Piroplasma canis and its life cycle in the tick - Number 29
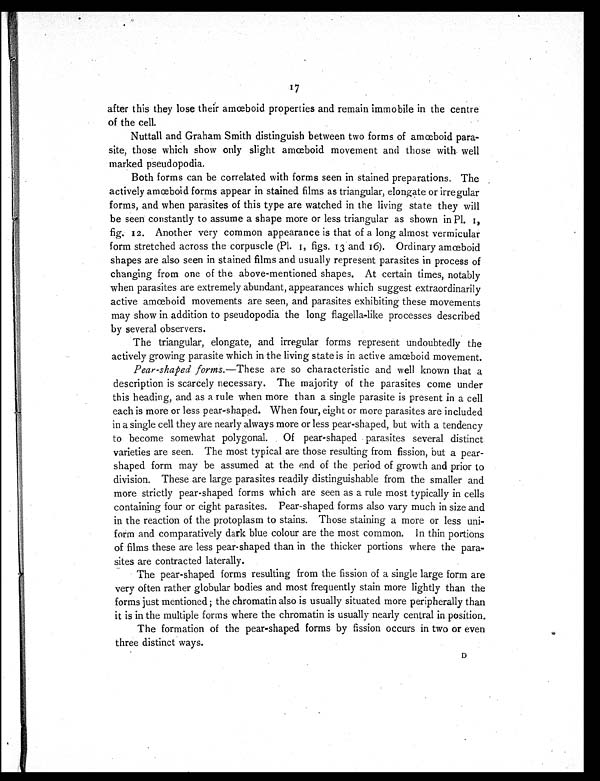
17
after this they lose their amœboid properties and remain immobile in the centre
of the cell.
Nuttall and Graham Smith distinguish between two forms of amœboid para-
site, those which show only slight amœboid movement and those with well
marked pseudopodia.
Both forms can be correlated with forms seen in stained preparations. The
actively amœboid forms appear in stained films as triangular, elongate or irregular
forms, and when parasites of this type are watched in the living state they will
be seen constantly to assume a shape more or less triangular as shown in Pl. 1,
fig. 12. Another very common appearance is that of a long almost vermicular
form stretched across the corpuscle (Pl. 1, figs. 13 and 16). Ordinary amœboid
shapes are also seen in stained films and usually represent parasites in process of
changing from one of the above-mentioned shapes. At certain times, notably
when parasites are extremely abundant, appearances which suggest extraordinarily
active amœboid movements are seen, and parasites exhibiting these movements
may show in addition to pseudopodia the long flagella-like processes described
by several observers.
The triangular, elongate, and irregular forms represent undoubtedly the
actively growing parasite which in the living state is in active amœboid movement.
Pear-shaped forms. —These are so characteristic and well known that a
description is scarcely necessary. The majority of the parasites come under
this heading, and as a rule when more than a single parasite is present in a cell
each is more or less pear-shaped. When four, eight or more parasites are included
in a single cell they are nearly always more or less pear-shaped, but with a tendency
to become somewhat polygonal. Of pear-shaped parasites several distinct
varieties are seen. The most typical are those resulting from fission, but a pear-
shaped form may be assumed at the end of the period of growth and prior to
division. These are large parasites readily distinguishable from the smaller and
more strictly pear-shaped forms which are seen as a rule most typically in cells
containing four or eight parasites. Pear-shaped forms also vary much in size and
in the reaction of the protoplasm to stains. Those staining a more or less uni-
form and comparatively dark blue colour are the most common. In thin portions
of films these are less pear-shaped than in the thicker portions where the para-
sites are contracted laterally.
The pear-shaped forms resulting from the fission of a single large form are
very often rather globular bodies and most frequently stain more lightly than the
forms just mentioned ; the chromatin also is usually situated more peripherally than
it is in the multiple forms where the chromatin is usually nearly central in position.
The formation of the pear-shaped forms by fission occurs in two or even
three distinct ways.
D